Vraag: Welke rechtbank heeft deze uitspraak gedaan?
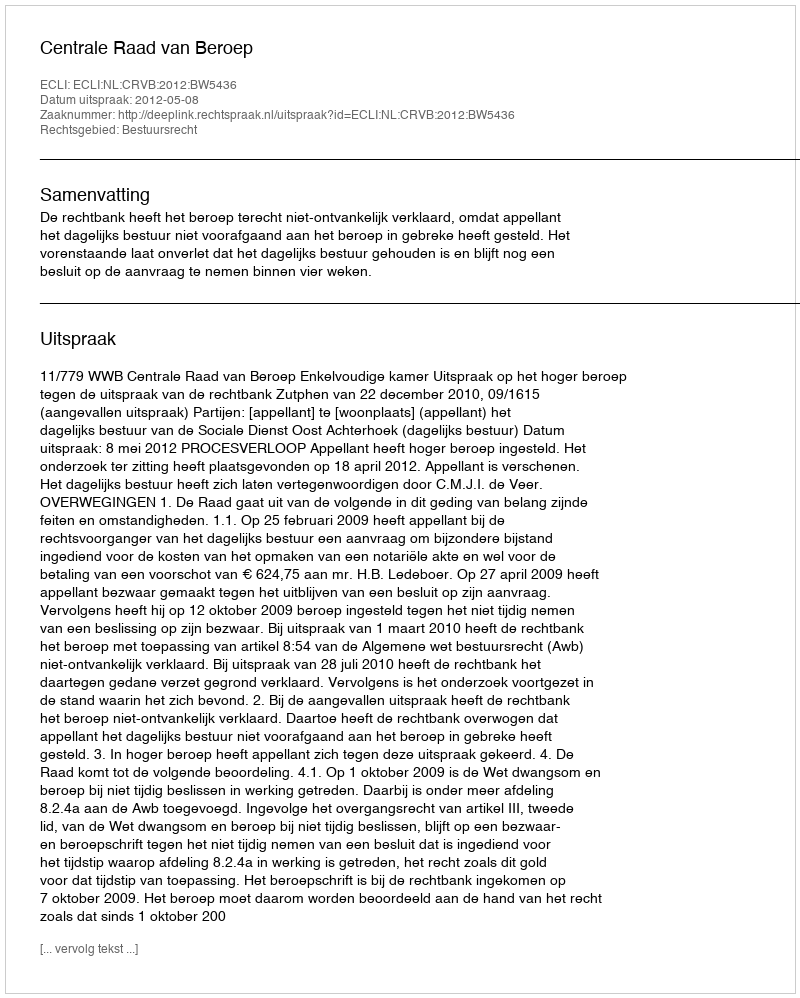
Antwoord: Centrale Raad van Beroep